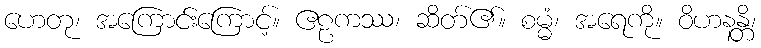
ဟေတု၊ အကြောင်းကြောင့်။ ဧဠကဿ၊ ဆိတ်၏။ စမ္မံ၊ အရေကို။ ဝိဟနန္တိ၊